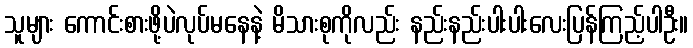
သူများ ကောင်းစားဖို့ပဲလုပ်မနေနဲ့ မိသားစုကိုလည်း နည်းနည်းပါးပါးလေးပြန်ကြည့်ပါဦး။